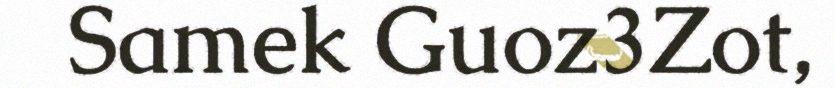
Samek Guoz3Zot,